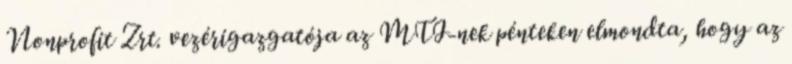
Nonprofit Zrt. vezérigazgatója az MTI-nek pénteken elmondta, hogy az